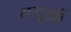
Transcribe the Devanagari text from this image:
मयूखों